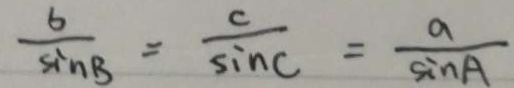
\frac { b } { \sin B } = \frac { c } { \sin C } = \frac { a } { \sin A }